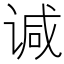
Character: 𫍯